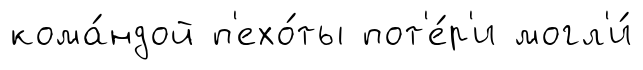
кома́ндой п'ехо́ты пот'е́р'и могл'и́